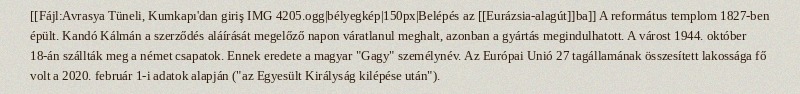
[[Fájl:Avrasya Tüneli, Kumkapı'dan giriş IMG 4205.ogg|bélyegkép|150px|Belépés az [[Eurázsia-alagút]]ba]] A református templom 1827-ben épült. Kandó Kálmán a szerződés aláírását megelőző napon váratlanul meghalt, azonban a gyártás megindulhatott. A várost 1944. október 18-án szállták meg a német csapatok. Ennek eredete a magyar "Gagy" személynév. Az Európai Unió 27 tagállamának összesített lakossága fő volt a 2020. február 1-i adatok alapján ("az Egyesült Királyság kilépése után").